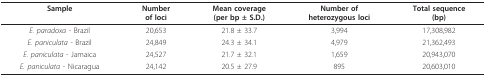
| Sample | Numberof loci | Mean coverage(per bp ± S.D.) | Number ofheterozygous loci | Total sequence(bp) |
 | --- | --- | --- | --- | --- |
 | E. paradoxa - Brazil | 20,653 | 21.8 ± 33.7 | 3,994 | 17,308,982 |
 | E. paniculata - Brazil | 24,849 | 24.3 ± 34.1 | 4,979 | 21,362,493 |
 | E. paniculata - Jamaica | 24,527 | 21.7 ± 32.1 | 1,659 | 20,943,070 |
 | E. paniculata - Nicaragua | 24,142 | 20.5 ± 27.9 | 895 | 20,603,010 |